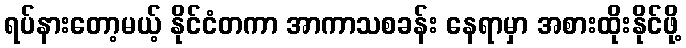
ရပ်နားတော့မယ့် နိုင်ငံတကာ အာကာသစခန်း နေရာမှာ အစားထိုးနိုင်ဖို့